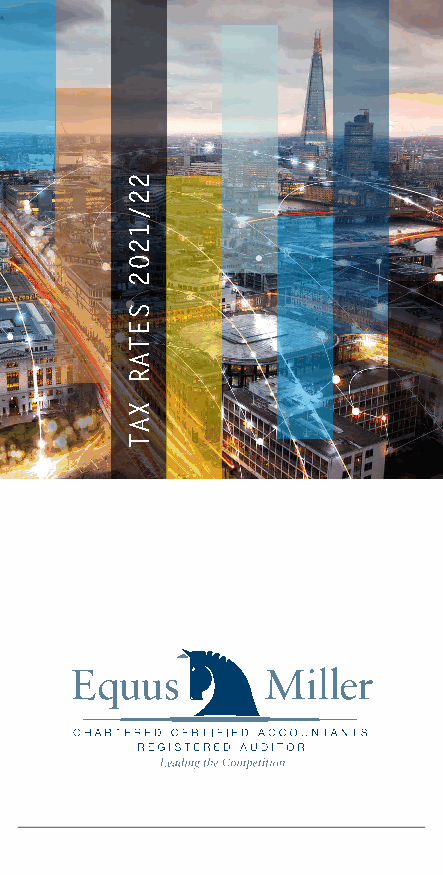
CORPORATION TAX             PROPERTY TAXES
 CAPITAL ALLOWANCES
 PENSIONS
 Equus Miller Ltd
 VALUE ADDED TAX                                        Brook House, 47 High Street,
 Henley in Arden, B95 5AA
 Tel 01564 781 455
 Email info@equusmiller.co.uk
 www.equusmiller.co.uk
 22/1202
 SETAR
 XAT